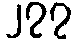
၂၇၇